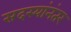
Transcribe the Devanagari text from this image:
सदस्यांनंतर